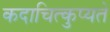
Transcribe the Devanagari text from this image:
कदाचित्कुप्यते